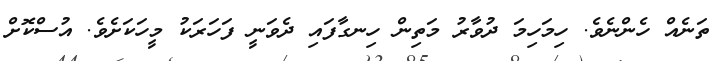
ތަނެއް ހެންނެވެ. ހިމަހިމަ ދުވާރު މަތިން ހިނގާފައި ދެވަނީ ފަހަރަކު މީހަކަށެވެ. އުސްކޮށް